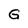
Character: G